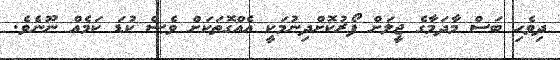
ދިވެހި ބަސް މާދަމާގެ ޖީލަށް ފޯރުކޮށްދިނުމަކީ އެއްގޮތަކަށް ވެސް ކުޑަ ކަމެއް ނޫނެވެ.